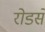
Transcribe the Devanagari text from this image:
रोडसे